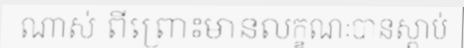
ណាស់ ពីព្រោះមានលក្ខណៈបានស្តាប់